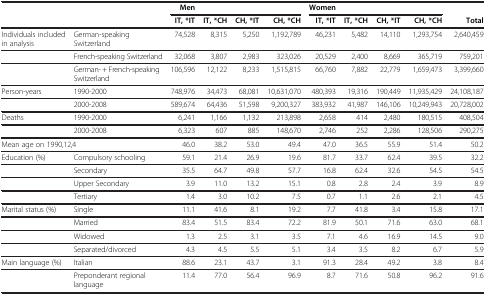
<table><thead><tr><td rowspan="2"><b> </b></td><td rowspan="2"><b> </b></td><td><b>Men</b></td><td><b> </b></td><td><b> </b></td><td><b> </b></td><td><b>Women</b></td><td><b> </b></td><td><b> </b></td><td><b> </b></td><td><b> </b></td></tr><tr><td><b>IT, *IT</b></td><td><b>IT, *CH</b></td><td><b>CH, *IT</b></td><td><b>CH, *CH</b></td><td><b>IT, *IT</b></td><td><b>IT, *CH</b></td><td><b>CH, *IT</b></td><td><b>CH, *CH</b></td><td><b>Total</b></td></tr></thead><tbody><tr><td>Individuals included in analysis</td><td>German-speaking Switzerland</td><td>74,528</td><td>8,315</td><td>5,250</td><td>1,192,789</td><td>46,231</td><td>5,482</td><td>14,110</td><td>1,293,754</td><td>2,640,459</td></tr><tr><td> </td><td>French-speaking Switzerland</td><td>32,068</td><td>3,807</td><td>2,983</td><td>323,026</td><td>20,529</td><td>2,400</td><td>8,669</td><td>365,719</td><td>759,201</td></tr><tr><td> </td><td>German- + French-speaking Switzerland</td><td>106,596</td><td>12,122</td><td>8,233</td><td>1,515,815</td><td>66,760</td><td>7,882</td><td>22,779</td><td>1,659,473</td><td>3,399,660</td></tr><tr><td>Person-years</td><td>1990-2000</td><td>748,976</td><td>34,473</td><td>68,081</td><td>10,631,070</td><td>480,393</td><td>19,316</td><td>190,449</td><td>11,935,429</td><td>24,108,187</td></tr><tr><td> </td><td>2000-2008</td><td>589,674</td><td>64,436</td><td>51,598</td><td>9,200,327</td><td>383,932</td><td>41,987</td><td>146,106</td><td>10,249,943</td><td>20,728,002</td></tr><tr><td>Deaths</td><td>1990-2000</td><td>6,241</td><td>1,166</td><td>1,132</td><td>213,898</td><td>2,658</td><td>414</td><td>2,480</td><td>180,515</td><td>408,504</td></tr><tr><td> </td><td>2000-2008</td><td>6,323</td><td>607</td><td>885</td><td>148,670</td><td>2,746</td><td>252</td><td>2,286</td><td>128,506</td><td>290,275</td></tr><tr><td colspan="2">Mean age on 1990,12,4</td><td>46.0</td><td>38.2</td><td>53.0</td><td>49.4</td><td>47.0</td><td>36.5</td><td>55.9</td><td>51.4</td><td>50.2</td></tr><tr><td>Education (%)</td><td>Compulsory schooling</td><td>59.1</td><td>21.4</td><td>26.9</td><td>19.6</td><td>81.7</td><td>33.7</td><td>62.4</td><td>39.5</td><td>32.2</td></tr><tr><td> </td><td>Secondary</td><td>35.5</td><td>64.7</td><td>49.8</td><td>57.7</td><td>16.8</td><td>62.4</td><td>32.6</td><td>54.5</td><td>54.5</td></tr><tr><td> </td><td>Upper Secondary</td><td>3.9</td><td>11.0</td><td>13.2</td><td>15.1</td><td>0.8</td><td>2.8</td><td>2.4</td><td>3.9</td><td>8.9</td></tr><tr><td> </td><td>Tertiary</td><td>1.4</td><td>3.0</td><td>10.2</td><td>7.5</td><td>0.7</td><td>1.1</td><td>2.6</td><td>2.1</td><td>4.5</td></tr><tr><td>Marital status (%)</td><td>Single</td><td>11.1</td><td>41.6</td><td>8.1</td><td>19.2</td><td>7.7</td><td>41.8</td><td>3.4</td><td>15.8</td><td>17.1</td></tr><tr><td> </td><td>Married</td><td>83.4</td><td>51.5</td><td>83.4</td><td>72.2</td><td>81.9</td><td>50.1</td><td>71.6</td><td>63.0</td><td>68.1</td></tr><tr><td> </td><td>Widowed</td><td>1.3</td><td>2.5</td><td>3.1</td><td>3.5</td><td>7.1</td><td>4.6</td><td>16.9</td><td>14.5</td><td>9.0</td></tr><tr><td> </td><td>Separated/divorced</td><td>4.3</td><td>4.5</td><td>5.5</td><td>5.1</td><td>3.4</td><td>3.5</td><td>8.2</td><td>6.7</td><td>5.9</td></tr><tr><td>Main language (%)</td><td>Italian</td><td>88.6</td><td>23.1</td><td>43.7</td><td>3.1</td><td>91.3</td><td>28.4</td><td>49.2</td><td>3.8</td><td>8.4</td></tr><tr><td> </td><td>Preponderant regional language</td><td>11.4</td><td>77.0</td><td>56.4</td><td>96.9</td><td>8.7</td><td>71.6</td><td>50.8</td><td>96.2</td><td>91.6</td></tr></tbody></table>